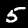
Digit: 5